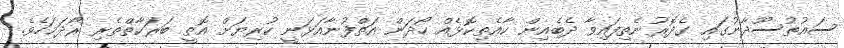
ސައުތުސޫދާނުގައި ގެދޮރުނެތިފައިވާ ދެބެއިން ކާއެތިކޮޅެއް ހޯދަން އަތްފުނާއަޅަނީ ކުރިޔަށް އޮތީ ބަރަކާތްތެރި ރޯދަމަހެވެ.